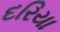
દરિયા